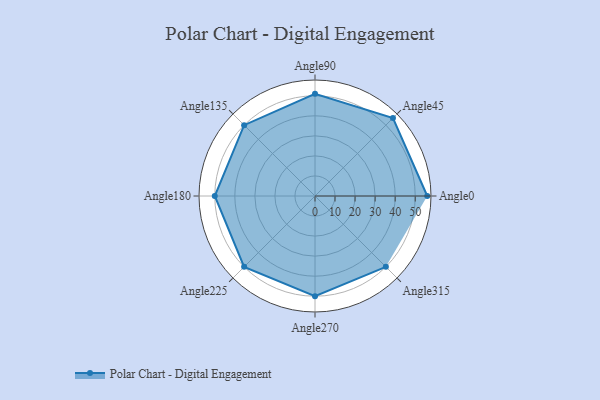
{"axis": {"x": "Angle", "y": "Radius"}, "legend": [""], "data": [{"x": "Angle0", "y": 56.0, "type": ""}, {"x": "Angle45", "y": 55.0, "type": ""}, {"x": "Angle90", "y": 51.0, "type": ""}, {"x": "Angle135", "y": 50.0, "type": ""}, {"x": "Angle180", "y": 50, "type": ""}, {"x": "Angle225", "y": 50, "type": ""}, {"x": "Angle270", "y": 50, "type": ""}, {"x": "Angle315", "y": 50, "type": ""}]}